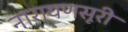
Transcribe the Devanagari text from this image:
नारायणसूरी